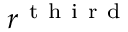
r ^ { \mathrm { ~ t ~ h ~ i ~ r ~ d ~ } }